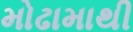
મોઢામાથી